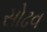
સોઢવ